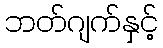
ဘတ်ဂျက်နှင့်